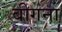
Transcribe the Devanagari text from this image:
बीगना